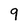
Character: 9